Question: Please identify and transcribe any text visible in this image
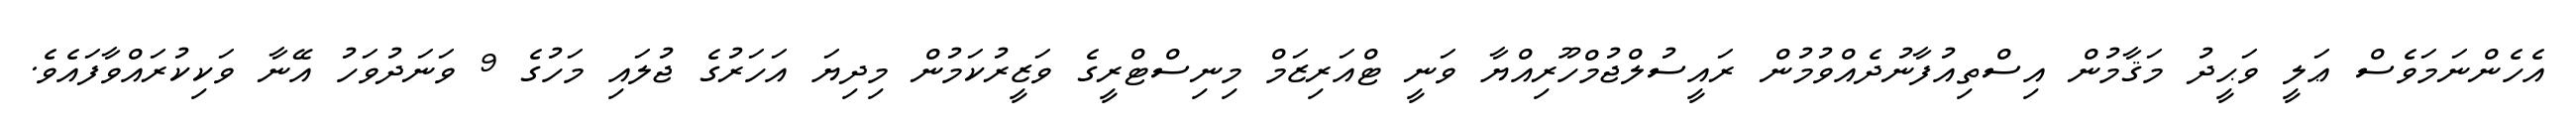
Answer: އެހެންނަމަވެސް ޢަލީ ވަޙީދު މަޤާމުން އިސްތިއުފާނުދެއްވުމުން ރައީސުލްޖުމްހޫރިއްޔާ ވަނީ ޓްއަރިޒަމް މިނިސްޓްރީގެ ވަޒީރުކަމުން މިދިޔަ އަހަރުގެ ޖުލައި މަހުގެ 9 ވަނަދުވަހު އޭނާ ވަކިކުރައްވާފައެވެ.